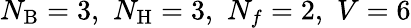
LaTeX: N_{\mathrm{B}}=3,\, \, N_{\mathrm{H}}=3,\, \, N_{f}=2,\, \, V=6